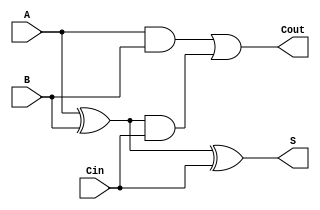
module FullAdder(
    input wire A,     // First binary input bit
    input wire B,     // Second binary input bit
    input wire Cin,   // Carry input from previous less significant bit
    output wire S,    // Sum output bit
    output wire Cout   // Carry output bit
);

    // Assign the Sum output using XOR operation
    assign S = A ^ B ^ Cin;

    // Assign the Carry output using the defined logic
    assign Cout = (A & B) | ((A ^ B) & Cin);

endmodule